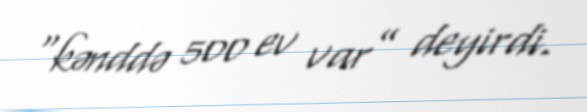
“kənddə 500 ev var” deyirdi.